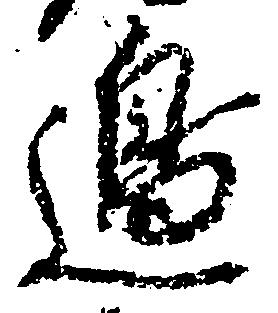
邊